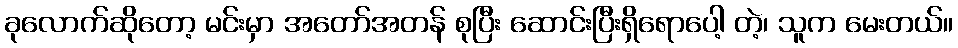
ခုလောက်ဆိုတော့ မင်းမှာ အတော်အတန် စုပြီး ဆောင်းပြီးရှိရောပေါ့ တဲ့၊ သူက မေးတယ်။